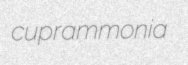
cuprammonia